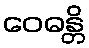
ဝေဓန္တိ